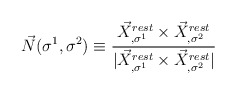
\begin{align*}\vec{N}(\sigma^1, \sigma^2) \equiv \frac{\vec{X}^{rest}_{,\sigma^{1}} \times \vec{X}^{rest}_{,\sigma^{2}}}{|\vec{X}^{rest}_{,\sigma^{1}} \times \vec{X}^{rest}_{,\sigma^{2}}|}\end{align*}